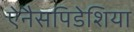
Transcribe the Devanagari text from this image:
ऐनैसपिडेशिया